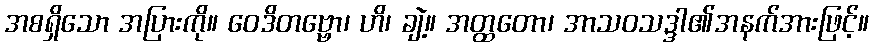
အစရှိသော အပြားကို။ ဝေဒိတဗ္ဗော၊ ဟိ၊ ချဲ့။ အတ္ထတော၊ အာသဝသဒ္ဒါ၏အနက်အားဖြင့်။